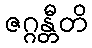
ဇဂ္ဂန္တီတိ